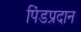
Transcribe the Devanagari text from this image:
पिंडप्रदान